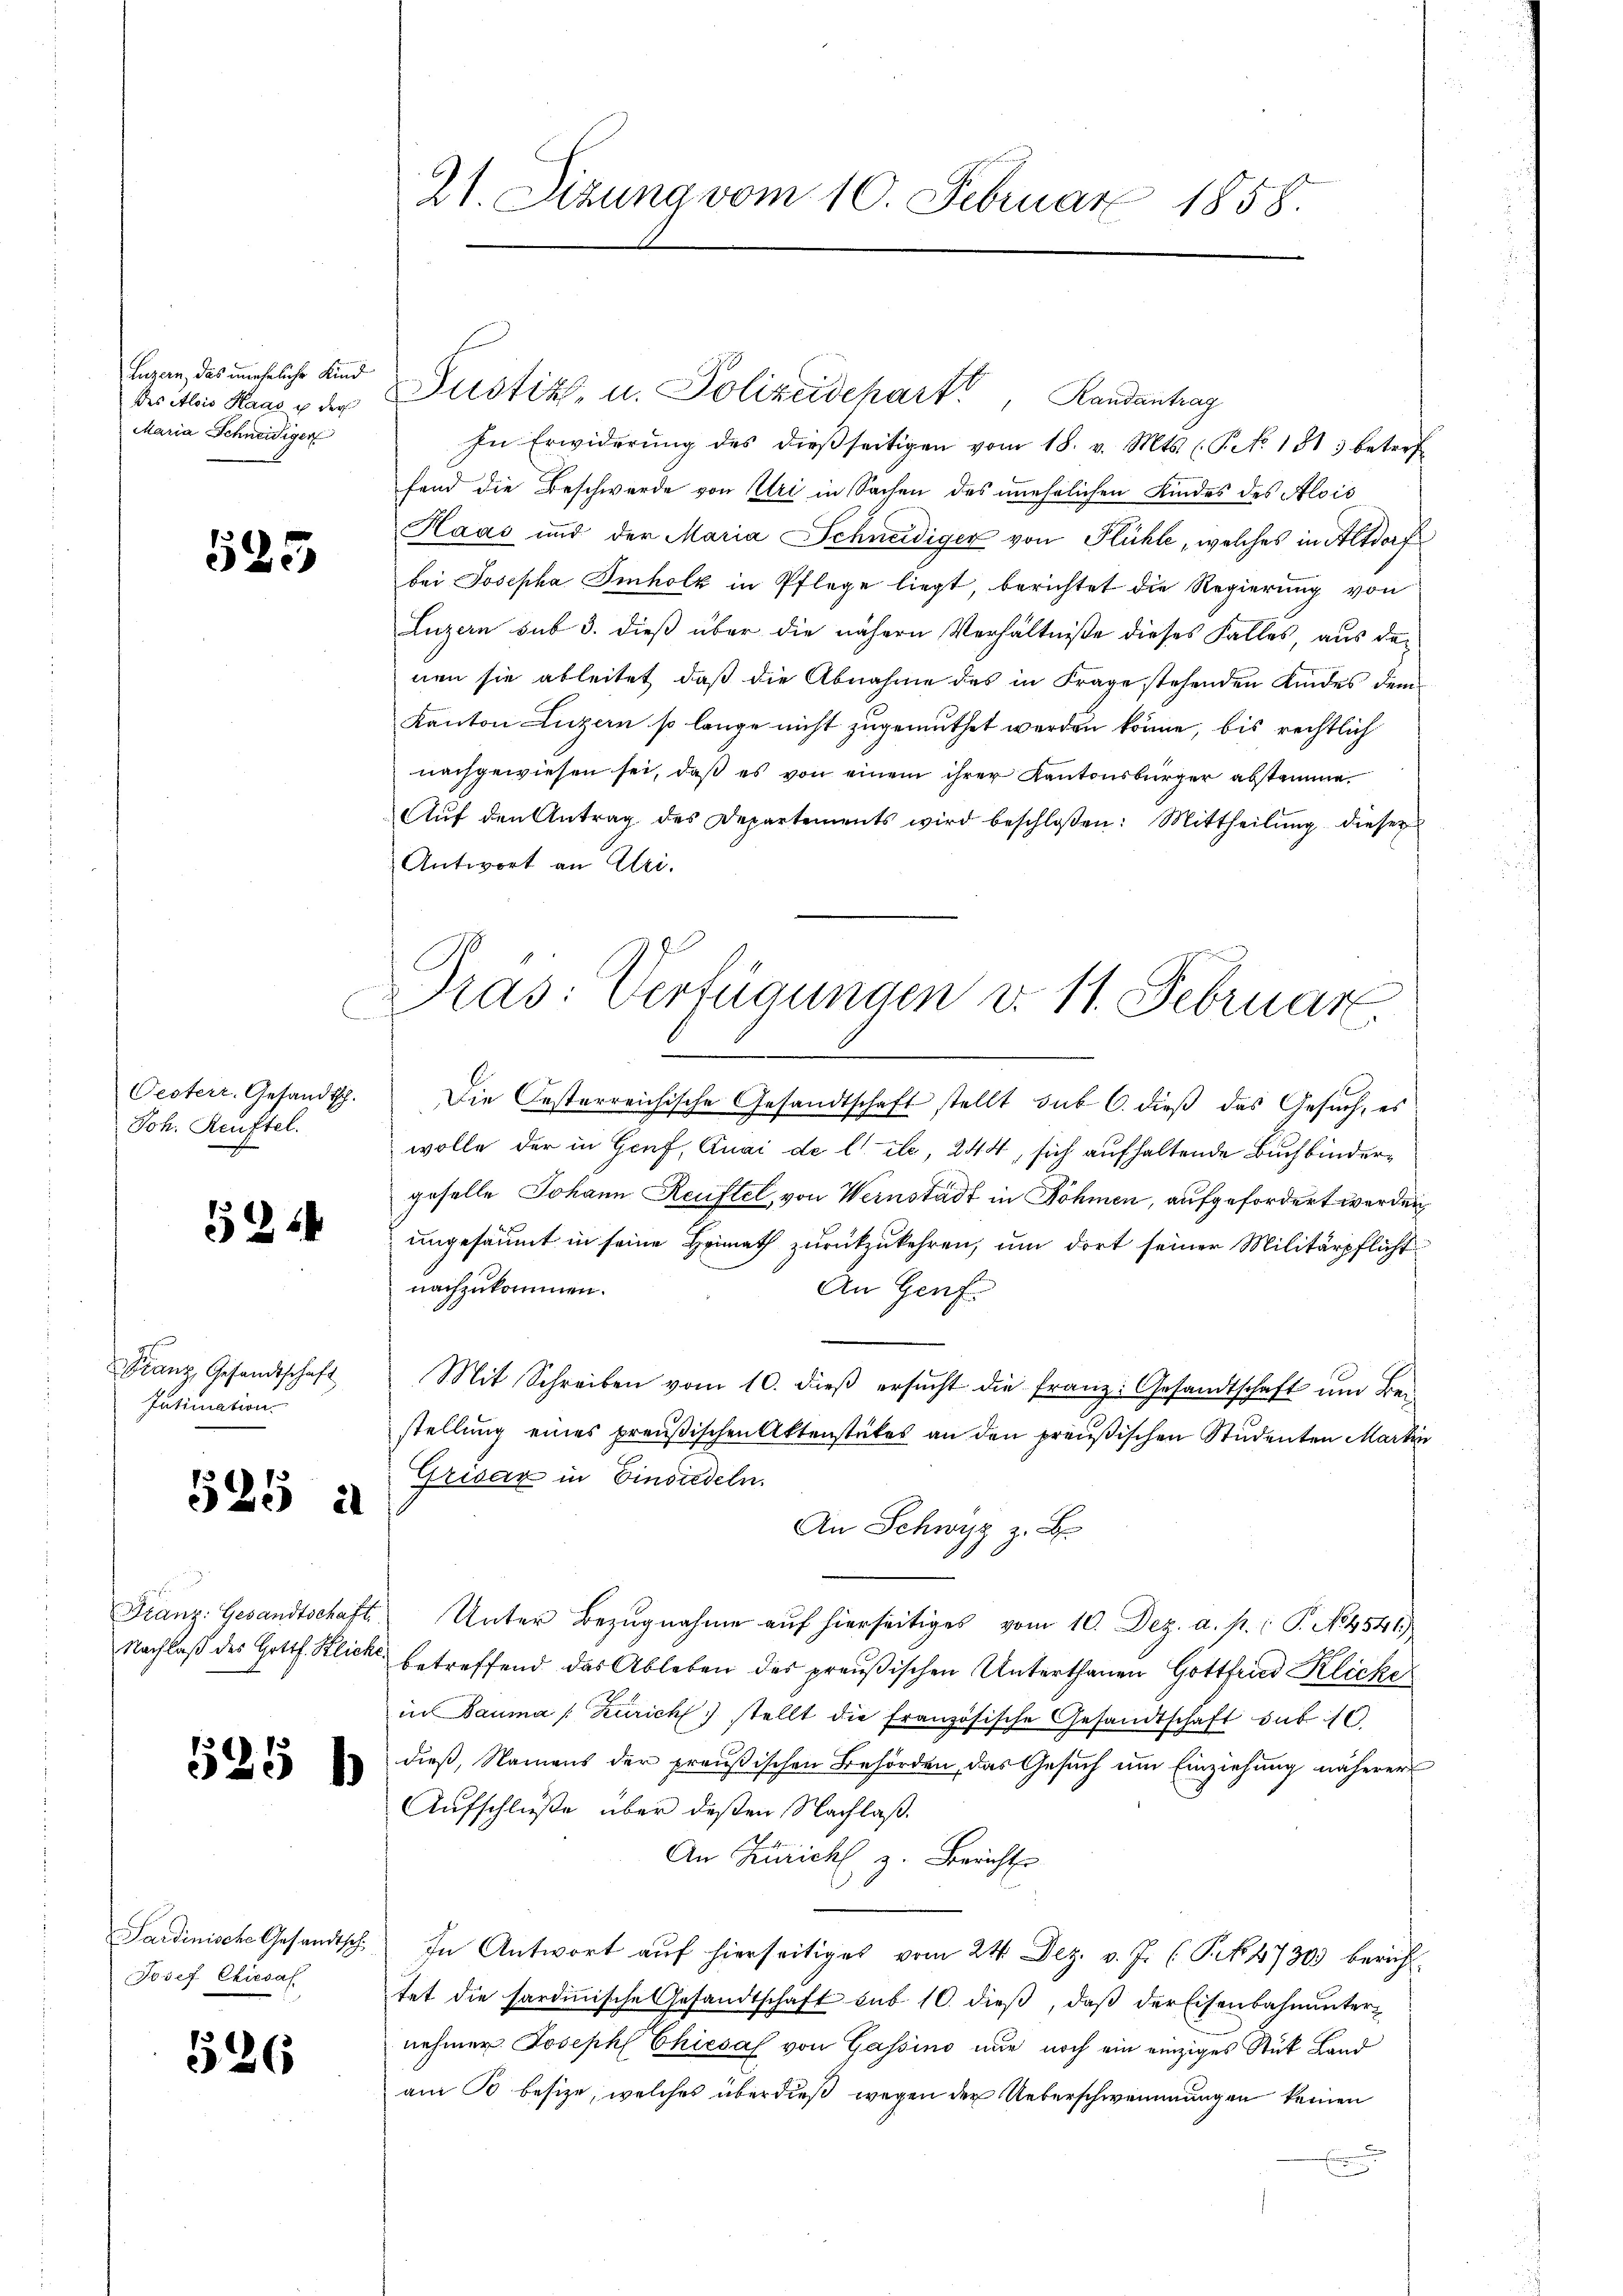
Luzern, das uneheliche Kind
des Alois Haas ich der
Maria Schneidiger

525

Joh. Reuftel.

5244

Franz, Gesandtschaft
Jutimation

525 à

525 b

526

Josef Chiesal

s

Pras: Verfügungen v. 11. Februar.

21. Sizung vom 10. Februar 1858.

Justiz, u. Polizeidepart, Randantrag
In Erwiderŭng des dieβ seitigen vom 18. v. Mts. (T. No. 1813 betref
fend die Beschwerde von Uri in Sachen des unehrlichen Kindes des Alois
Haas und der Maria Schneidiger von Flühle, welches in Altdorf
bei Josepha Imholz in Pflege liegt, berichtet die Regierung von
Luzern sub 3. dieß über die nähern Verhältniße dieses Falles, aus denen sie ableitet, daß die Abnahme des in Frage stehenden Kindes dem
Kanton Luzern so lange nicht zugemuthet werden könne, bis rechtlich
nachgewiesen sei, daβ es von einem ihrer Kantonsbürger abstamme.
Aŭf den Antrag des Departements wird beschloßen: Mittheilung dieser
Antwort an Uri.

Oesterr. Gesandtsch. Die Oesterreichische Gesandtschaft stellt sub 6. dieβ das Gesŭch, es
wolle der in Genf, Quai de l. etc., 244, sich aufhaltende Buchbindergeselle Johann Reuftel von Wernstadt in Böhmen, aufgefordert werden,
ungesäumt in seine Heimath zurückzukehren, um dort seiner Militärpflicht
nachzukommen.
An Genf.
Mit Schreiben vom 10. dieβ ersŭcht die franz: Gesandtschaft ŭm Bei-
stellung eines preußischen Aktenstates an den preußischen Studenten Martin
Grisar in Einsiedeln.
An Schwyz z. B.
Franz: Gesandtschaft. Unter Bezŭgnahme aŭf hierseitiges vom 10. Dez. a. p. P. N. 4541.
Nachlaβ des Gott. Blick betreffend das Ableben der preußischen Unterthanen Gottfried Klicke
in Bauma (Zürich stellt die französische Gesandtschaft sub 10
dieß, Namens der preußischen Behörden, das Gesuch um Einziehung näherer
Aufschlüße über deßen Nachlaß.
An Zürich z. Bericht
Sardinische Gesandtsch. In Antwort auf hierseitiges vom 24. Dez. v. J. (T.4730) berich
tet die sardinische Gesandtschaft sub 10. dieβ, daβ der Eisenbahnŭnter-
nehmer Joseph Chiesal von Gassino nur noch ein einziges Stück Land
am 30 besize, welches überdieß wegen der Ueberschwemmungen keinen
n